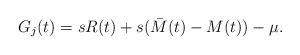
LaTeX: \begin{align*}G_j(t) = s R(t) + s({\bar M}(t) - M(t)) - \mu.\end{align*}